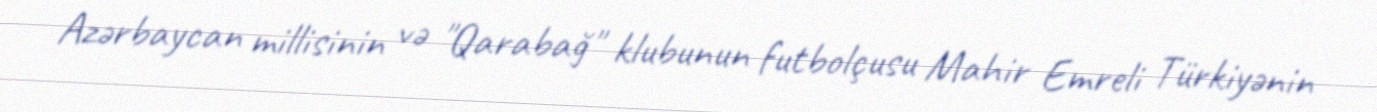
Azərbaycan millisinin və "Qarabağ" klubunun futbolçusu Mahir Emreli Türkiyənin